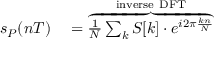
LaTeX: \begin{array} { r l } { s _ { P } ( n T ) } & { { } = \overbrace { { \frac { 1 } { N } } \sum _ { k } S [ k ] \cdot e ^ { i 2 \pi { \frac { k n } { N } } } } ^ { \mathrm { i n v e r s e ~ D F T } } } \end{array}